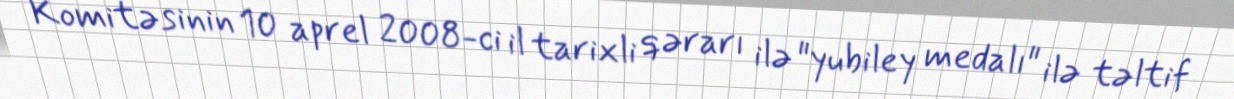
Komitəsinin 10 aprel 2008-ci il tarixli qərarı ilə "yubiley medalı" ilə təltif